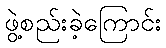
ဖွဲ့စည်းခဲ့ကြောင်း